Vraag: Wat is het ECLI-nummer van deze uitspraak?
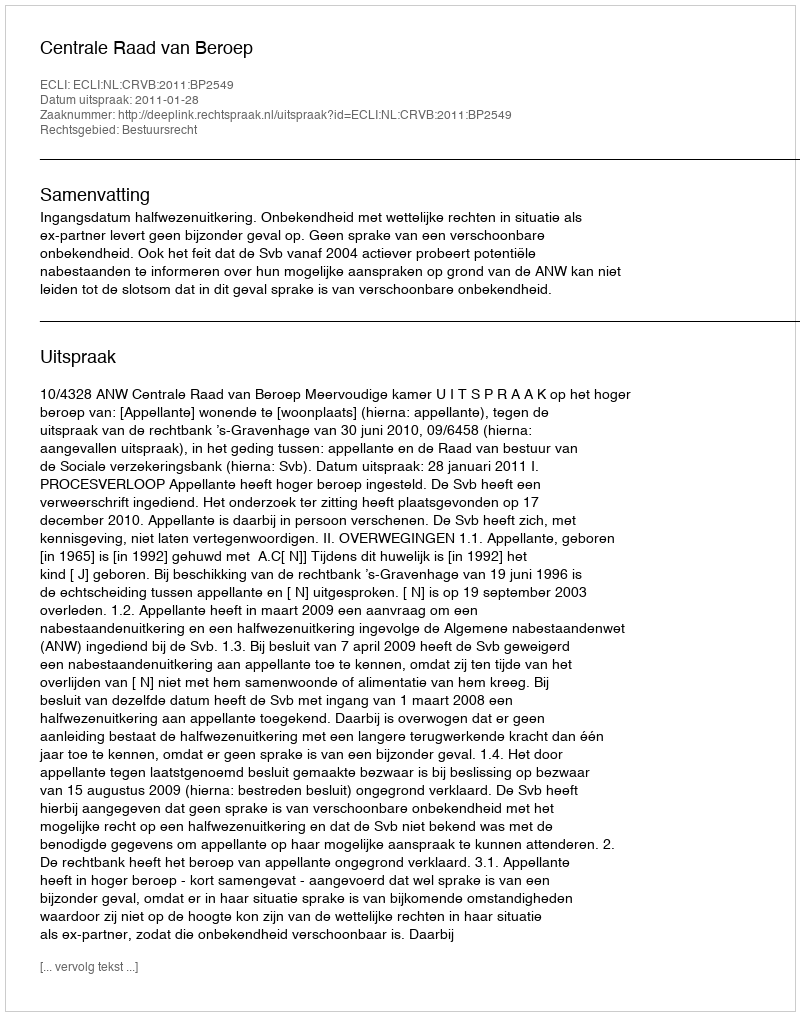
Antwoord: ECLI:NL:CRVB:2011:BP2549